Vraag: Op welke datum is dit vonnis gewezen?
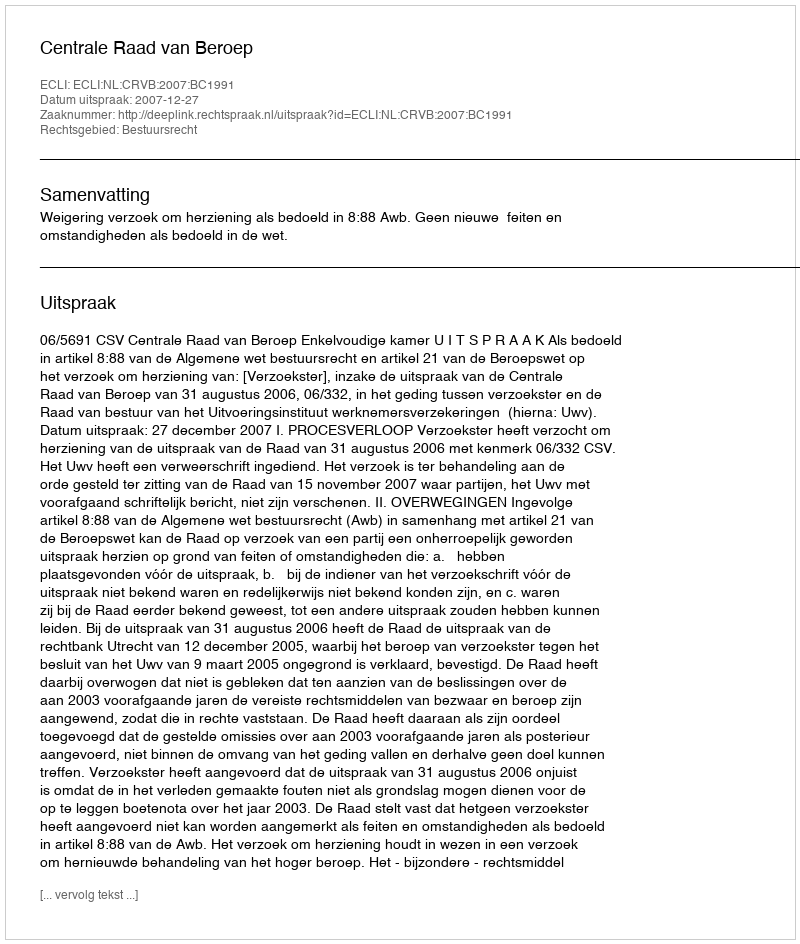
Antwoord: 2007-12-27